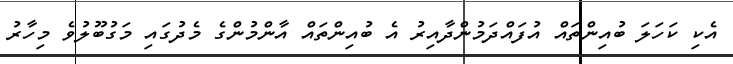
އެކި ކަހަލަ ބުއިންތައް އުފައްދަމުންދާއިރު އެ ބުއިންތައް އާންމުންގެ މެދުގައި މަގުބޫލުވެ މިހާރު